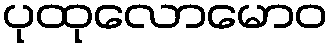
ပုထုလောမောဝ